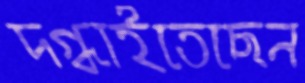
দগ্ধাইতেছেন